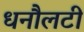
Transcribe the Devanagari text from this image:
धनौलटी